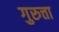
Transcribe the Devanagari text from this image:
गुरुत्ता